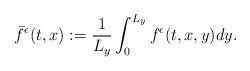
LaTeX: \begin{align*}\bar{f}^{\epsilon}(t,x) := \frac{1}{L_y} \int_0^{L_y} f^{\epsilon}(t,x,y) dy.\end{align*}